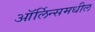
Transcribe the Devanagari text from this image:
ऑर्लिन्समधील